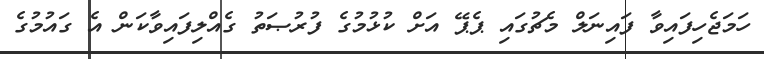
ހަމަޖެހިފައިވާ ފައިނަލް މެޗުގައި ޕެޕޭ އަށް ކުޅުމުގެ ފުރުޞަތު ގެއްލިފައިވާކަން އެ ގައުމުގެ